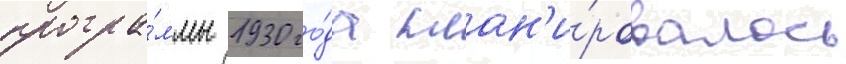
програ́ммы 1930 го́да план'и́ровалось